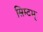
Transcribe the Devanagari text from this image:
सिम्टम्